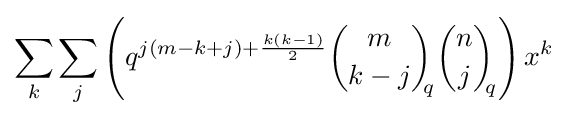
\sum _{k}\sum _{j}\left(q^{j(m-k+j)+{\frac {k(k-1)}{2}}}{\binom {m}{k-j}}_{\!\!q}{\binom {n}{j}}_{\!\!q}\right)x^{k}